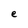
Character: e